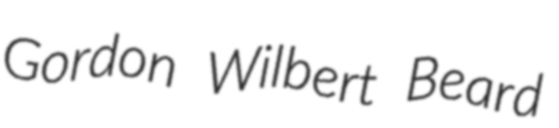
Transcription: Gordon Wilbert Beard